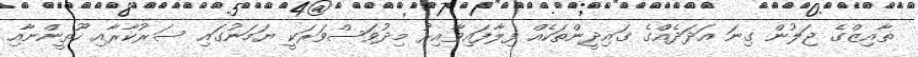
ތާއިޒްގެ ޖަލުން ގިނަ އަދަދެއްގެ ގައިދީންތަކެއް ފިލާފައިވާއިރު މިދުވަސްވަރަކީ ޔަމަނުގައި ސަރުކާރާއި ހޫތީންނާއި